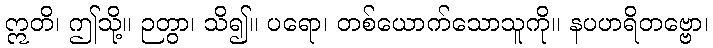
ဣတိ၊ ဤသို့။ ဉတွာ၊ သိ၍။ ပရော၊ တစ်ယောက်သောသူကို။ နပဟရိတဗ္ဗော၊